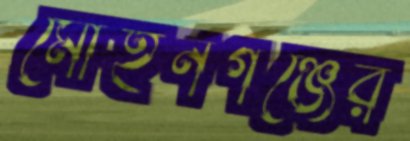
মোহনগঞ্জের